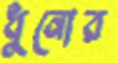
ধুনোর